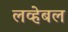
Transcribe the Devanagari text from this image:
लव्हेबल